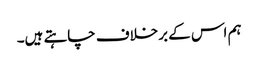
ہم اس کے برخلاف چاہتے ہیں۔